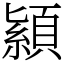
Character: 顈